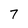
Character: 7